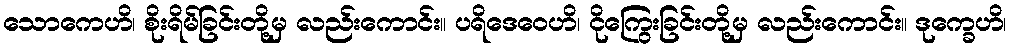
သောကေဟိ၊ စိုးရိမ်ခြင်းတို့မှ လည်းကောင်း။ ပရိဒေဝေဟိ၊ ငိုကြွေးခြင်းတို့မှ လည်းကောင်း။ ဒုက္ခေဟိ၊